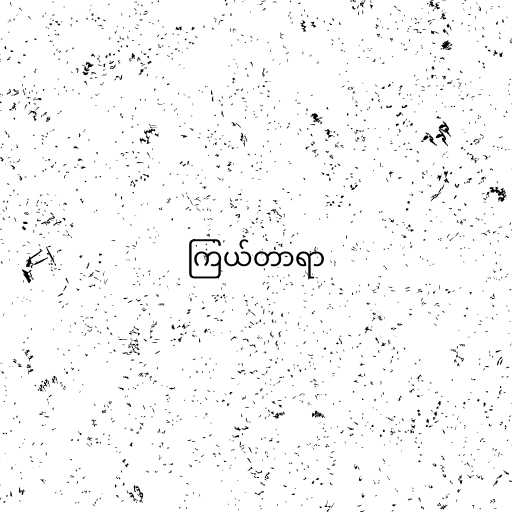
ကြယ်တာရာ